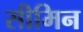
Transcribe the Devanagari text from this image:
सीमिन